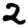
Digit: 2